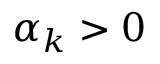
\alpha _ { k } > 0